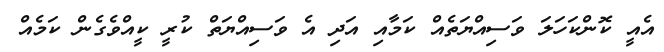
އެއީ ކޮންކަހަލަ ވަސިއްޔަތެއް ކަމާއި އަދި އެ ވަސިއްޔަތް ކުރީ ކީއްވެގެން ކަމެއް